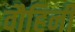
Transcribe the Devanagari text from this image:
वौहिनी